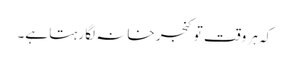
کہ ہر وقت تو کنجر خانہ لگا رہتا ہے۔